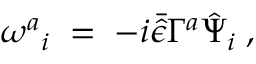
\omega ^ { a } { } _ { i } \; = \; - i \bar { \hat { \epsilon } } \Gamma ^ { a } \hat { \Psi } _ { i } \; , \;